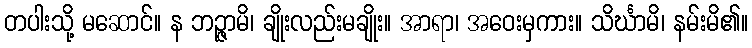
တပါးသို့ မဆောင်။ န ဘဉ္ဇာမိ၊ ချိုးလည်းမချိုး။ အာရာ၊ အဝေးမှကား။ သိင်္ဃာမိ၊ နမ်းမိ၏။